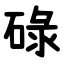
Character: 碌